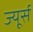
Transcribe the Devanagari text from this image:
ज्यूर्स